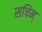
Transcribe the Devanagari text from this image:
सचिन्